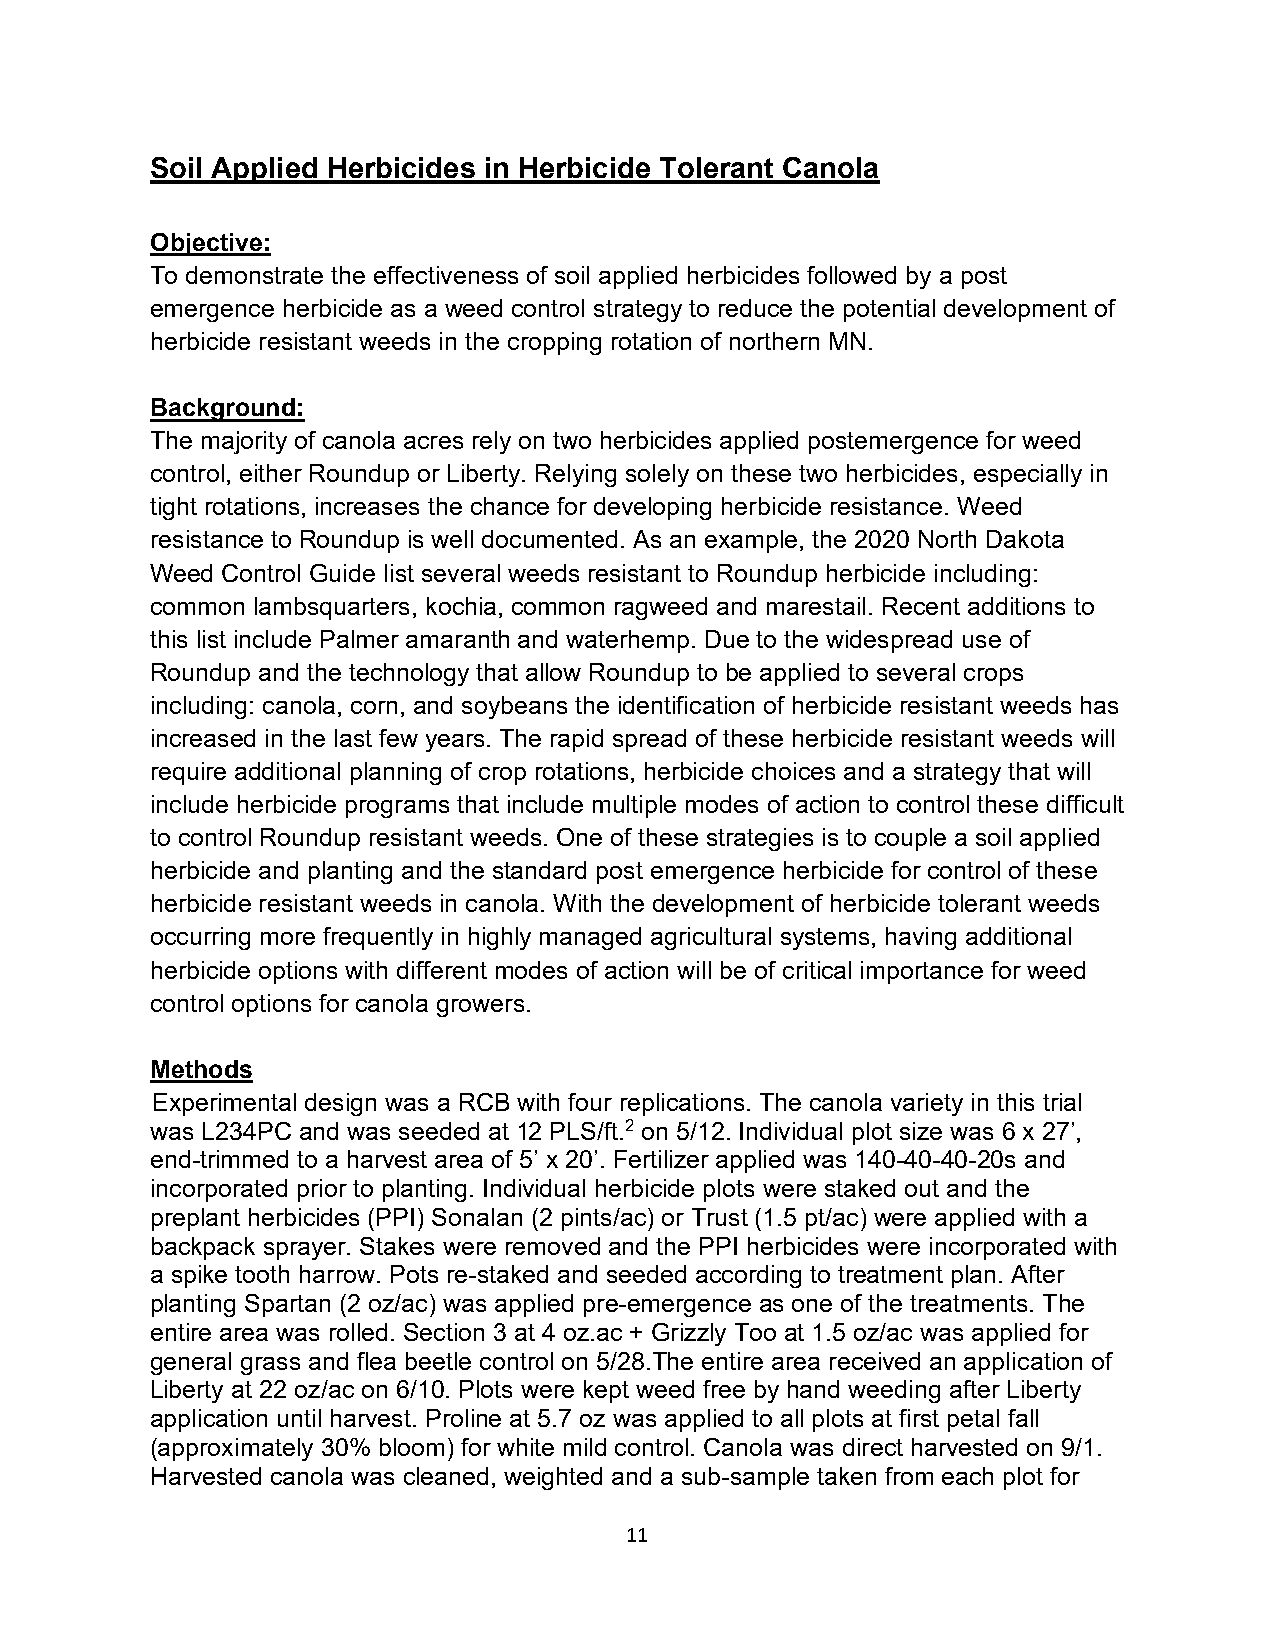
Soil Applied Herbicides in Herbicide Tolerant Canola
 Objective:
 To demonstrate the effectiveness of soil applied herbicides followed by a post
 emergence herbicide as a weed control strategy to reduce the potential development of
 herbicide resistant weeds in the cropping rotation of northern MN.
 Background:
 The majority of canola acres rely on two herbicides applied postemergence for weed
 control, either Roundup or Liberty. Relying solely on these two herbicides, especially in
 tight rotations, increases the chance for developing herbicide resistance. Weed
 resistance to Roundup is well documented. As an example, the 2020 North Dakota
 Weed Control Guide list several weeds resistant to Roundup herbicide including:
 common lambsquarters, kochia, common ragweed and marestail. Recent additions to
 this list include Palmer amaranth and waterhemp. Due to the widespread use of
 Roundup and the technology that allow Roundup to be applied to several crops
 including: canola, corn, and soybeans the identification of herbicide resistant weeds has
 increased in the last few years. The rapid spread of these herbicide resistant weeds will
 require additional planning of crop rotations, herbicide choices and a strategy that will
 include herbicide programs that include multiple modes of action to control these difficult
 to control Roundup resistant weeds. One of these strategies is to couple a soil applied
 herbicide and planting and the standard post emergence herbicide for control of these
 herbicide resistant weeds in canola. With the development of herbicide tolerant weeds
 occurring more frequently in highly managed agricultural systems, having additional
 herbicide options with different modes of action will be of critical importance for weed
 control options for canola growers.
 Methods
 Experimental design was a RCB with four replications. The canola variety in this trial
 was L234PC and was seeded at 12 PLS/ft.2 on 5/12. Individual plot size was 6 x 27’,
 end-trimmed to a harvest area of 5’ x 20’. Fertilizer applied was 140-40-40-20s and
 incorporated prior to planting. Individual herbicide plots were staked out and the
 preplant herbicides (PPI) Sonalan (2 pints/ac) or Trust (1.5 pt/ac) were applied with a
 backpack sprayer. Stakes were removed and the PPI herbicides were incorporated with
 a spike tooth harrow. Pots re-staked and seeded according to treatment plan. After
 planting Spartan (2 oz/ac) was applied pre-emergence as one of the treatments. The
 entire area was rolled. Section 3 at 4 oz.ac + Grizzly Too at 1.5 oz/ac was applied for
 general grass and flea beetle control on 5/28.The entire area received an application of
 Liberty at 22 oz/ac on 6/10. Plots were kept weed free by hand weeding after Liberty
 application until harvest. Proline at 5.7 oz was applied to all plots at first petal fall
 (approximately 30% bloom) for white mild control. Canola was direct harvested on 9/1.
 Harvested canola was cleaned, weighted and a sub-sample taken from each plot for
 11